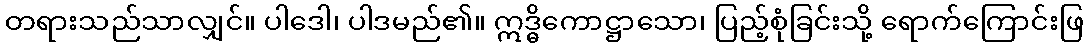
တရားသည်သာလျှင်။ ပါဒေါ၊ ပါဒမည်၏။ ဣဒ္ဓိကောဋ္ဌာသော၊ ပြည့်စုံခြင်းသို့ ရောက်ကြောင်းဖြ